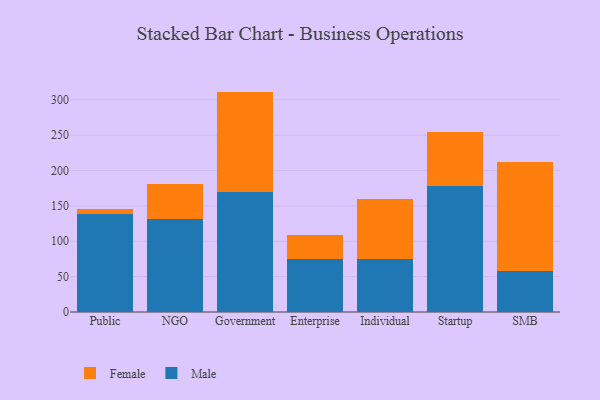
{"axis": {"x": "Segment", "y": "Energy Usage (MWh)"}, "legend": ["Female", "Male"], "data": [{"x": "Public", "y": 138.7, "type": "Male"}, {"x": "Public", "y": 6.7, "type": "Female"}, {"x": "NGO", "y": 132.0, "type": "Male"}, {"x": "NGO", "y": 48.4, "type": "Female"}, {"x": "Government", "y": 169.3, "type": "Male"}, {"x": "Government", "y": 142.4, "type": "Female"}, {"x": "Enterprise", "y": 75.2, "type": "Male"}, {"x": "Enterprise", "y": 33.5, "type": "Female"}, {"x": "Individual", "y": 74.7, "type": "Male"}, {"x": "Individual", "y": 85.5, "type": "Female"}, {"x": "Startup", "y": 178.6, "type": "Male"}, {"x": "Startup", "y": 75.9, "type": "Female"}, {"x": "SMB", "y": 58.3, "type": "Male"}, {"x": "SMB", "y": 154.1, "type": "Female"}]}